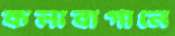
কলাবাগানে